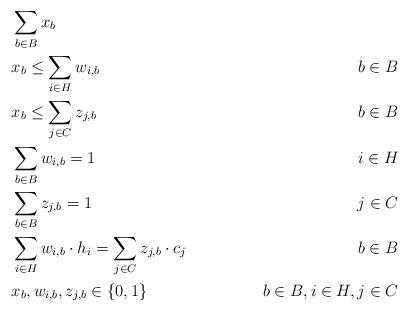
LaTeX: \begin{align*} & \sum_{b\in B} x_b \\& x_b \leq \sum_{i\in H} w_{i,b} & b\in B \\ & x_b \leq \sum_{j\in C} z_{j,b} & b\in B \\ & \sum_{b\in B} w_{i,b} = 1 & i\in H \\& \sum_{b\in B} z_{j,b} = 1 & j\in C \\& \sum_{i\in H} w_{i,b} \cdot h_i = \sum_{j\in C} z_{j,b} \cdot c_j & b\in B \\& x_b, w_{i,b}, z_{j,b}\in\{0,1\} & b\in B, i\in H, j\in C \end{align*}